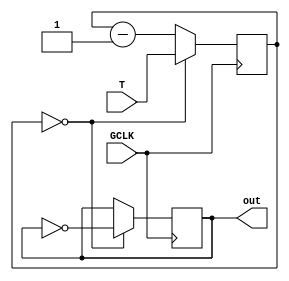
`timescale 1ns / 1ps
//////////////////////////////////////////////////////////////////////////////////
// Company: 
// Engineer: 
// 
// Design Name: 
// Module Name: clk_div
// Project Name: 
// Target Devices: 
// Tool Versions: 
// Description: 
// 
// Dependencies: 
// 
// Revision:
// Revision 0.01 - File Created
// Additional Comments:
// 
//////////////////////////////////////////////////////////////////////////////////


module CLK_DIV
    (
    input wire GCLK,
    output reg out = 1'b0,
    input wire [63:0] T
    );
    
    reg [63:0] cnt = 64'd0;
    always @(posedge GCLK) begin
        if (cnt == 64'd0) begin
            cnt <= T;
            out <= ~out;
        end
        else begin
            cnt <= cnt - 64'd1;
        end
    
    end
endmodule